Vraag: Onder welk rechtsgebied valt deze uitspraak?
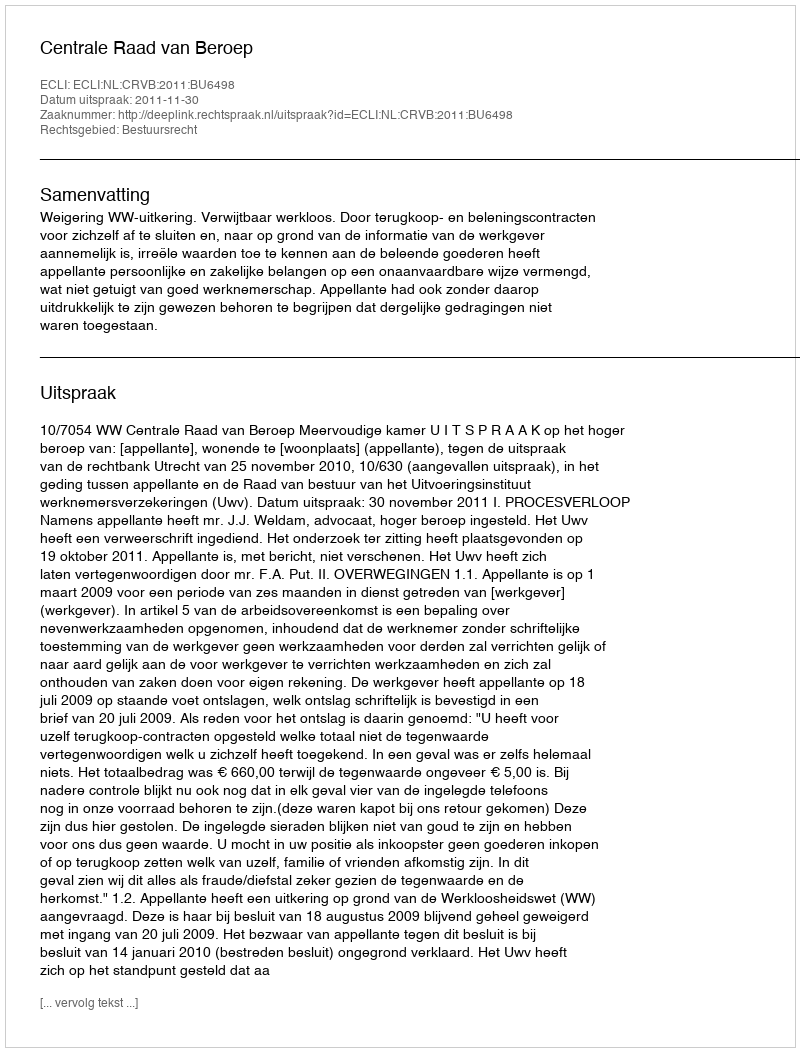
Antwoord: Bestuursrecht